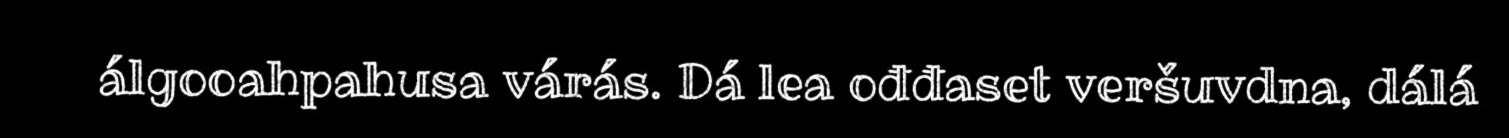
álgooahpahusa várás. Dá lea ođđaset veršuvdna, dálá